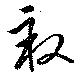
畝